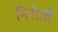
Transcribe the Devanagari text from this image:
निरोती